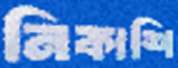
নিকাশি